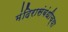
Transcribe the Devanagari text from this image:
मंदिरासंबंधीच्या